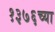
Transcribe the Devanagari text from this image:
१३७६च्या